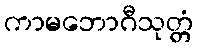
ကာမဘောဂီသုတ္တံ